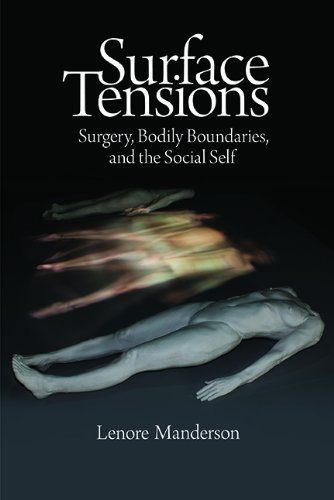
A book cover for Surface Tensions: Surgery, Bodily Boundaries, and the Social Self; Lenore Manderson; Medical Books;